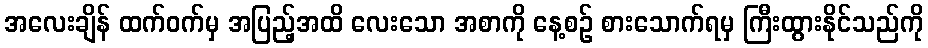
အလေးချိန် ထက်ဝက်မှ အပြည့်အထိ လေးသော အစာကို နေ့စဉ် စားသောက်ရမှ ကြီးထွားနိုင်သည်ကို